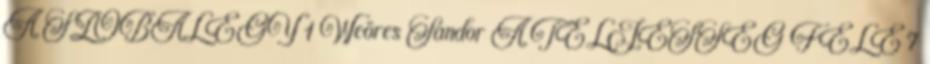
A SZOBALÉGY 1 Weöres Sándor A TELJESSÉG FELÉ 7